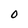
Character: 0